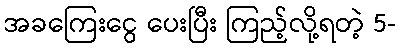
အခကြေးငွေ ပေးပြီး ကြည့်လို့ရတဲ့ 5-